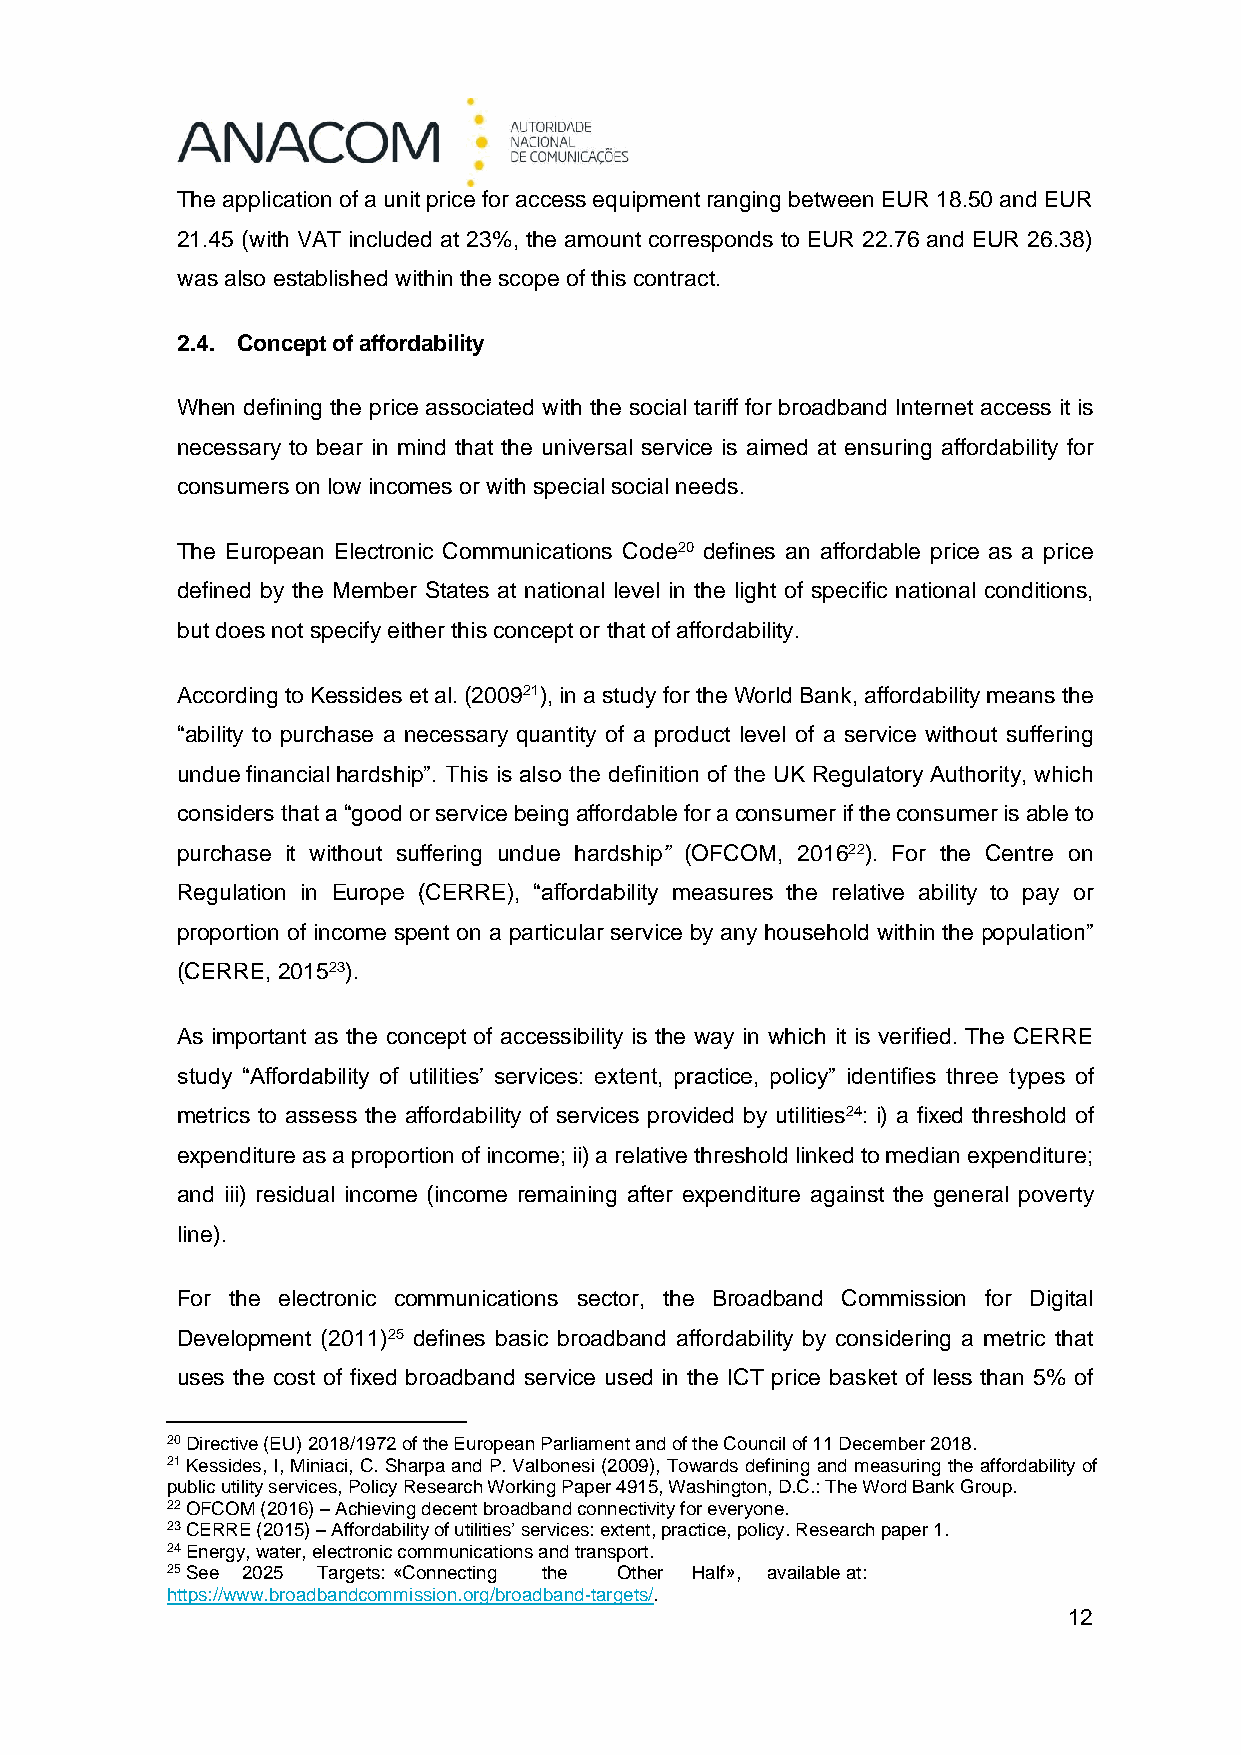
The application of a unit price for access equipment ranging between EUR 18.50 and EUR
 21.45 (with VAT included at 23%, the amount corresponds to EUR 22.76 and EUR 26.38)
 was also established within the scope of this contract.
 2.4. Concept of affordability
 When defining the price associated with the social tariff for broadband Internet access it is
 necessary to bear in mind that the universal service is aimed at ensuring affordability for
 consumers on low incomes or with special social needs.
 The European Electronic Communications Code20 defines an affordable price as a price
 defined by the Member States at national level in the light of specific national conditions,
 but does not specify either this concept or that of affordability.
 According to Kessides et al. (200921), in a study for the World Bank, affordability means the
 “ability to purchase a necessary quantity of a product level of a service without suffering
 undue financial hardship”. This is also the definition of the UK Regulatory Authority, which
 considers that a “good or service being affordable for a consumer if the consumer is able to
 purchase it without suffering undue hardship” (OFCOM, 201622). For the Centre on
 Regulation in Europe (CERRE), “affordability measures the relative ability to pay or
 proportion of income spent on a particular service by any household within the population”
 (CERRE, 201523).
 As important as the concept of accessibility is the way in which it is verified. The CERRE
 study “Affordability of utilities’ services: extent, practice, policy” identifies three types of
 metrics to assess the affordability of services provided by utilities24: i) a fixed threshold of
 expenditure as a proportion of income; ii) a relative threshold linked to median expenditure;
 and iii) residual income (income remaining after expenditure against the general poverty
 line).
 For the electronic communications sector, the Broadband Commission for Digital
 Development (2011)25 defines basic broadband affordability by considering a metric that
 uses the cost of fixed broadband service used in the ICT price basket of less than 5% of
 20 Directive (EU) 2018/1972 of the European Parliament and of the Council of 11 December 2018.
 21 Kessides, I, Miniaci, C. Sharpa and P. Valbonesi (2009), Towards defining and measuring the affordability of
 public utility services, Policy Research Working Paper 4915, Washington, D.C.: The Word Bank Group.
 22 OFCOM (2016) – Achieving decent broadband connectivity for everyone.
 23 CERRE (2015) – Affordability of utilities’ services: extent, practice, policy. Research paper 1.
 24 Energy, water, electronic communications and transport.
 25 See 2025 Targets: «Connecting the Other Half», available at:
 https://www.broadbandcommission.org/broadband-targets/.
 12